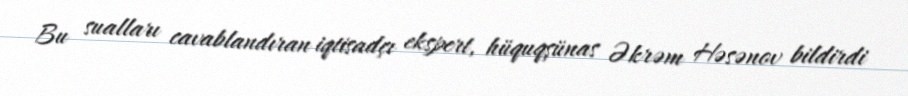
Bu sualları cavablandıran iqtisadçı ekspert, hüquqşünas Əkrəm Həsənov bildirdi